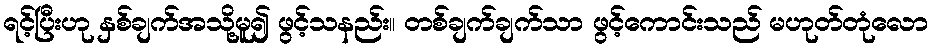
ရင့်ပြီးဟု နှစ်ချက်အသို့မူ၍ ဖွင့်သနည်း။ တစ်ချက်ချက်သာ ဖွင့်ကောင်းသည် မဟုတ်တုံလော